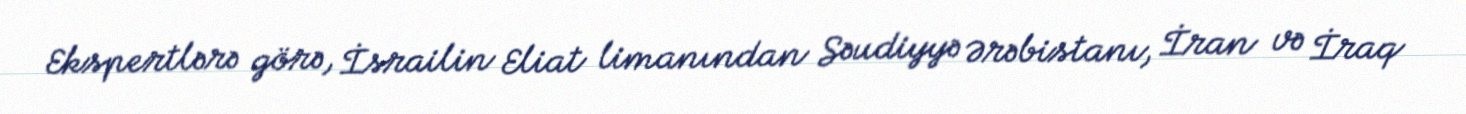
Ekspertlərə görə, İsrailin Eliat limanından Səudiyyə Ərəbistanı, İran və İraq